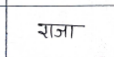
मजकूर: राजा